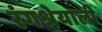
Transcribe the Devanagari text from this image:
रंगश्रेयाली